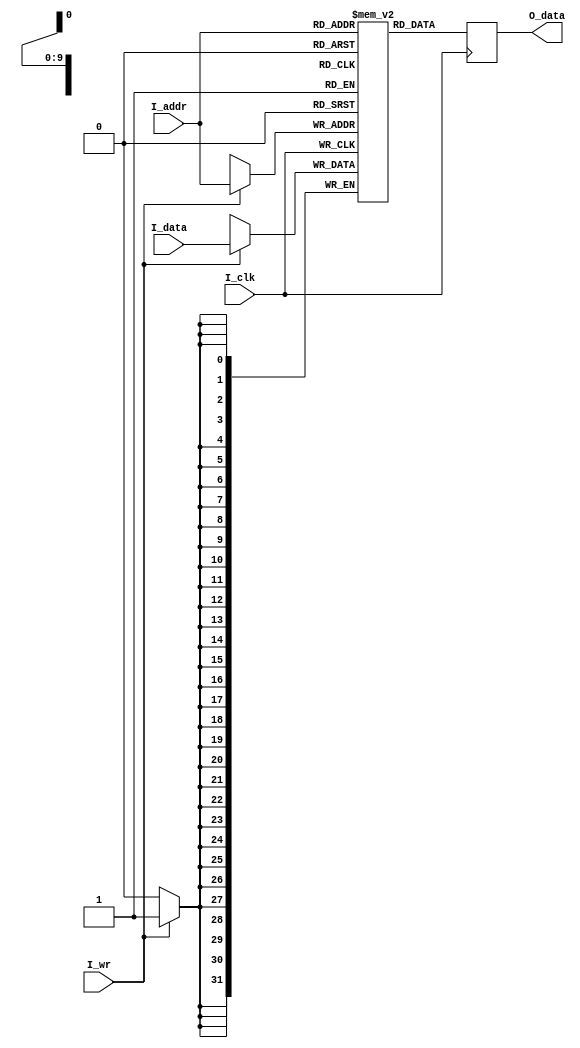
//FILE_HEADER-----------------------------------------------------------------
//ZTE  Copyright (C)
//ZTE Company Confidential
//----------------------------------------------------------------------------
//Project Name : cnna
//Department   : Technical Planning Department/System Products/ZTE
//----------------------------------------------------------------------------
//Module Hiberarchy :
//        |--U01_dpram
//        |--U02_axim_wddr
// cnna --|--U03_axis_reg
//        |--U04_main_process
//----------------------------------------------------------------------------
//Relaese History :
//----------------------------------------------------------------------------
//Version         Date           Author        Description
// 1.1           july-30-2019                    
//----------------------------------------------------------------------------
//Main Function:
//a)Get the data from ddr chip using axi master bus
//b)Write it to the ibuf ram
//----------------------------------------------------------------------------
//REUSE ISSUES: none
//Reset Strategy: synchronization 
//Clock Strategy: one common clock 
//Critical Timing: none 
//Asynchronous Interface: none 
//END_HEADER------------------------------------------------------------------
`timescale 1 ns / 100 ps
module spram #(
parameter   
    MEM_STYLE  = "block",//"distributed"
    ASIZE = 10          ,   
    DSIZE = 32              
)(
// clk
input                               I_clk           ,
input       [ASIZE-1             :0]I_addr          ,
input       [DSIZE-1             :0]I_data          ,
input                               I_wr            ,
output reg  [DSIZE-1             :0]O_data          
);

initial begin
#0 O_data = {DSIZE{1'b0}};
end

localparam DEPTH = 1 << ASIZE;

(* ram_style=MEM_STYLE *)reg [DSIZE-1:0] mem [0:DEPTH-1];

always @(posedge I_clk)begin
    if(I_wr)begin
        mem[I_addr] <= I_data;
    end
end

always @(posedge I_clk)begin
    O_data <= mem[I_addr]   ;
end

endmodule